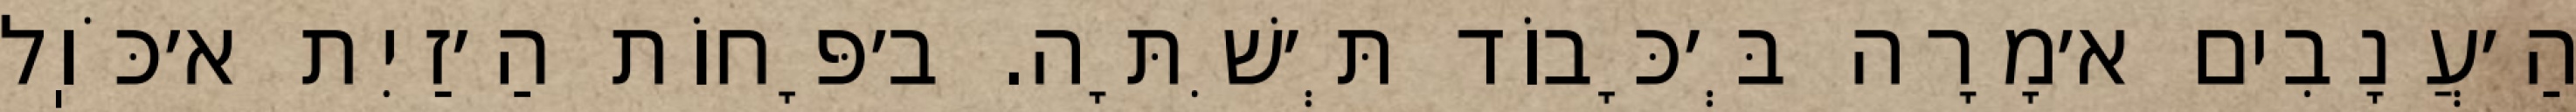
הַ׳עֲנָבִים א׳מָרָה בְּ׳כָּבוֹד תְּ׳שִׁתָּה. ב׳פָּחוֹת הַ׳זַיִת א׳כֹּוֽל